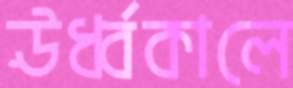
ঊর্ধ্বকালে